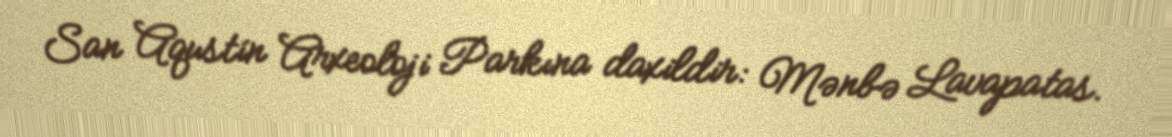
San Aqustín Arxeoloji Parkına daxildir: Mənbə Lavapatas.